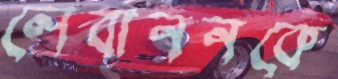
লেবাননকে